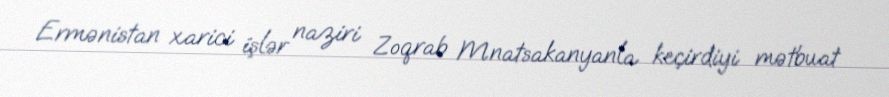
Ermənistan xarici işlər naziri Zoqrab Mnatsakanyanla keçirdiyi mətbuat